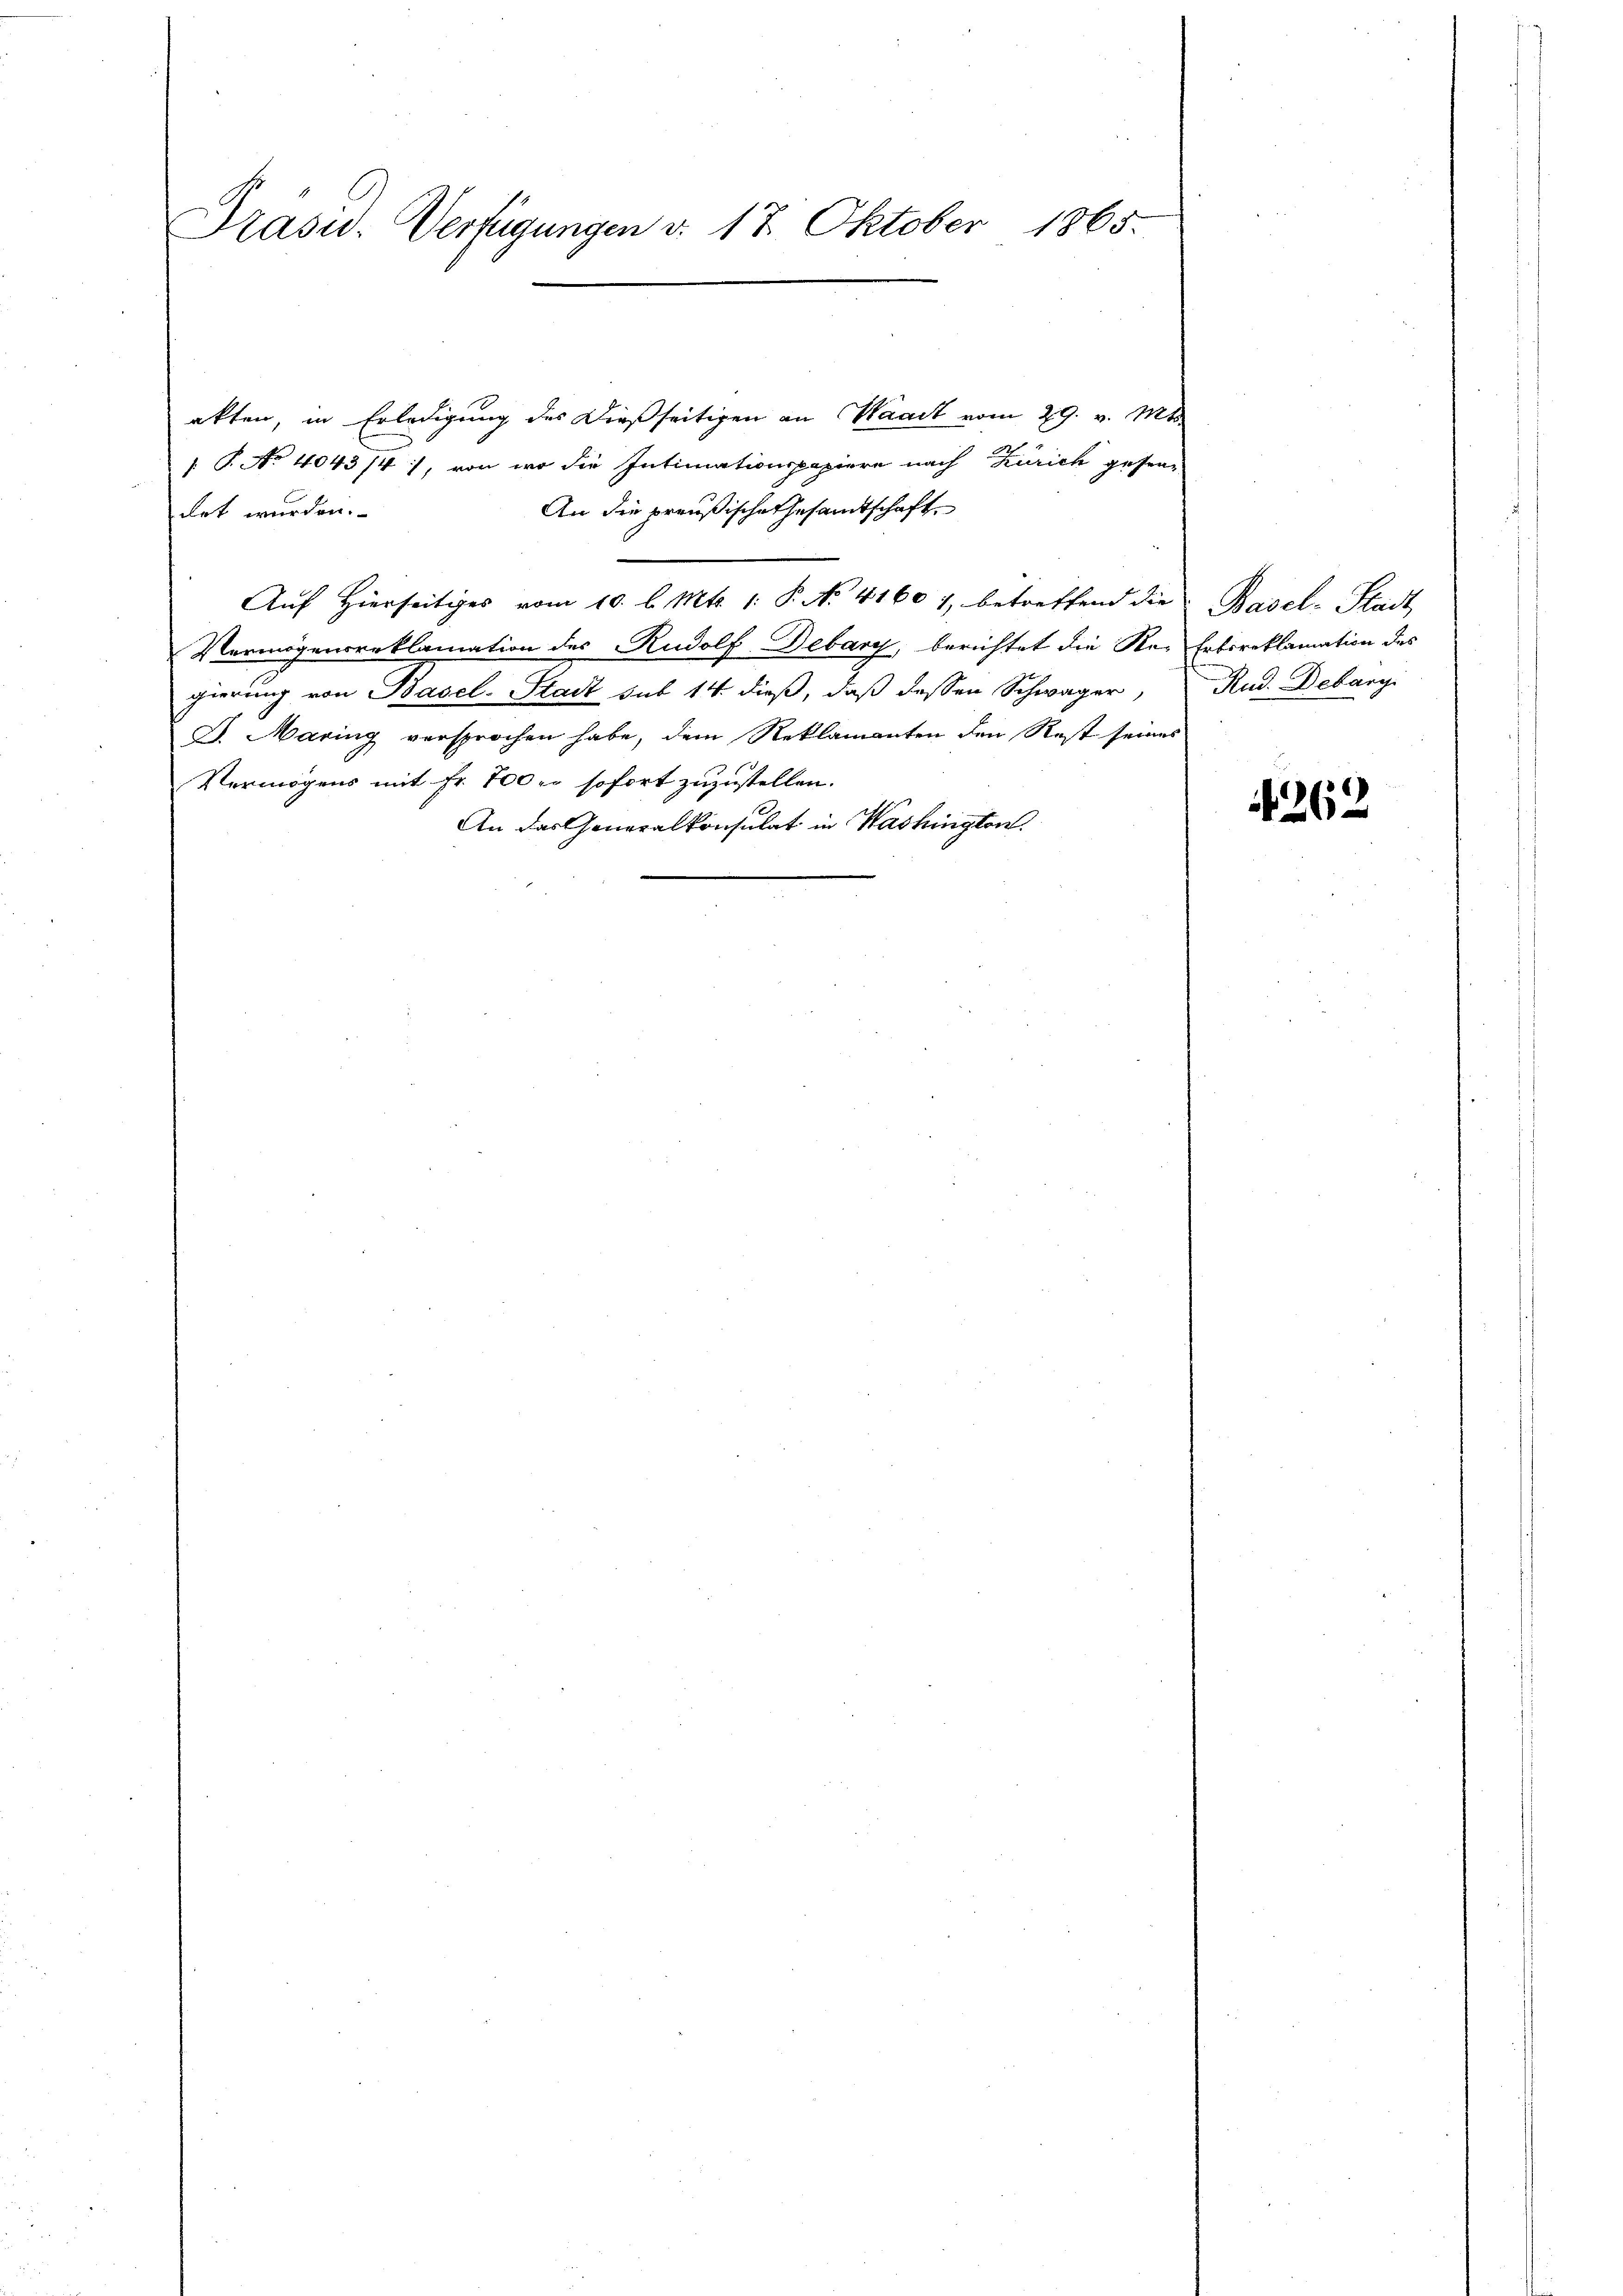
Prasid. Verfügungen d. 17. Oktober 1865.

akten, in Erledigung des Dießseitigen an Waadt vom 29. v. Mts.
 P. No 4043/4), von wo die Intimationspapiere nach Zürich gesta-
An die preußische Gesamtschaft,
irt wurden.
Auf Hierseitiges vom 10. l. Mts. 1. P. N. 41601, betreffend die
Vermögensreklamation des Rudolf Debary, berichtet die Res Erbsreklamation des
gierung von Basel-Stadt sub 14. dieß, daß dessen Schwager,
D. Maring versprochen habe, dem Reklamanten den Rest seines
Vermögens mit Fr. 700 er sofort zuzustellen.
An das Generalkonsulat in Washington

Basel-Stadt,
Rud. Debangi

4262